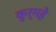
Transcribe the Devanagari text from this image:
कुर्महे